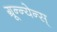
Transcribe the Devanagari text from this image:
ग्रून्न्येन्स्